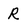
Character: R